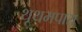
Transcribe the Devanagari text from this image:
थूथमपारा